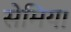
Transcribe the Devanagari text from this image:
सेमिया